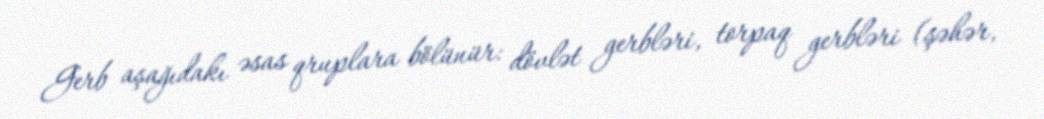
Gerb aşağıdakı əsas qruplara bölünür: dövlət gerbləri, torpaq gerbləri (şəhər,